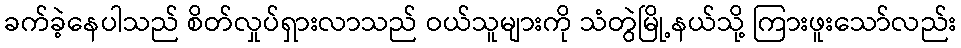
ခက်ခဲ့နေပါသည် စိတ်လှုပ်ရှားလာသည် ဝယ်သူများကို သံတွဲမြို့နယ်သို့ ကြားဖူးသော်လည်း